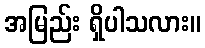
အမြည်း ရှိပါသလား။